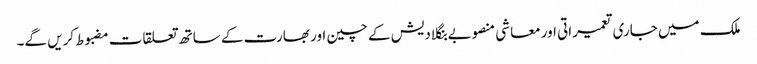
ملک میں جاری تعمیراتی اور معاشی منصوبے بنگلادیش کے چین اور بھارت کے ساتھ تعلقات مضبوط کریں گے۔